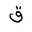
Letter: _qaf